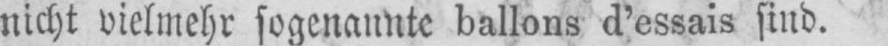
nicht vielmehr sogenannte ballons d’essais sind.